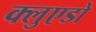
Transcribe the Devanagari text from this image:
क्लुएडो